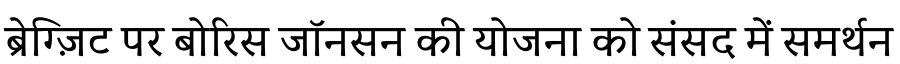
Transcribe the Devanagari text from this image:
ब्रेग्ज़िट पर बोरिस जॉनसन की योजना को संसद में समर्थन